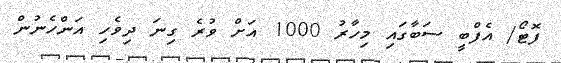
ފޮޓޯ/ އެފްބީ ސަބާގައި މިހާރު 1000 އަށް ވުރެ ގިނަ ދިވެހި އަންހެނުން